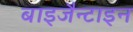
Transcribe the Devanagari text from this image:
बाइजैन्टाइन